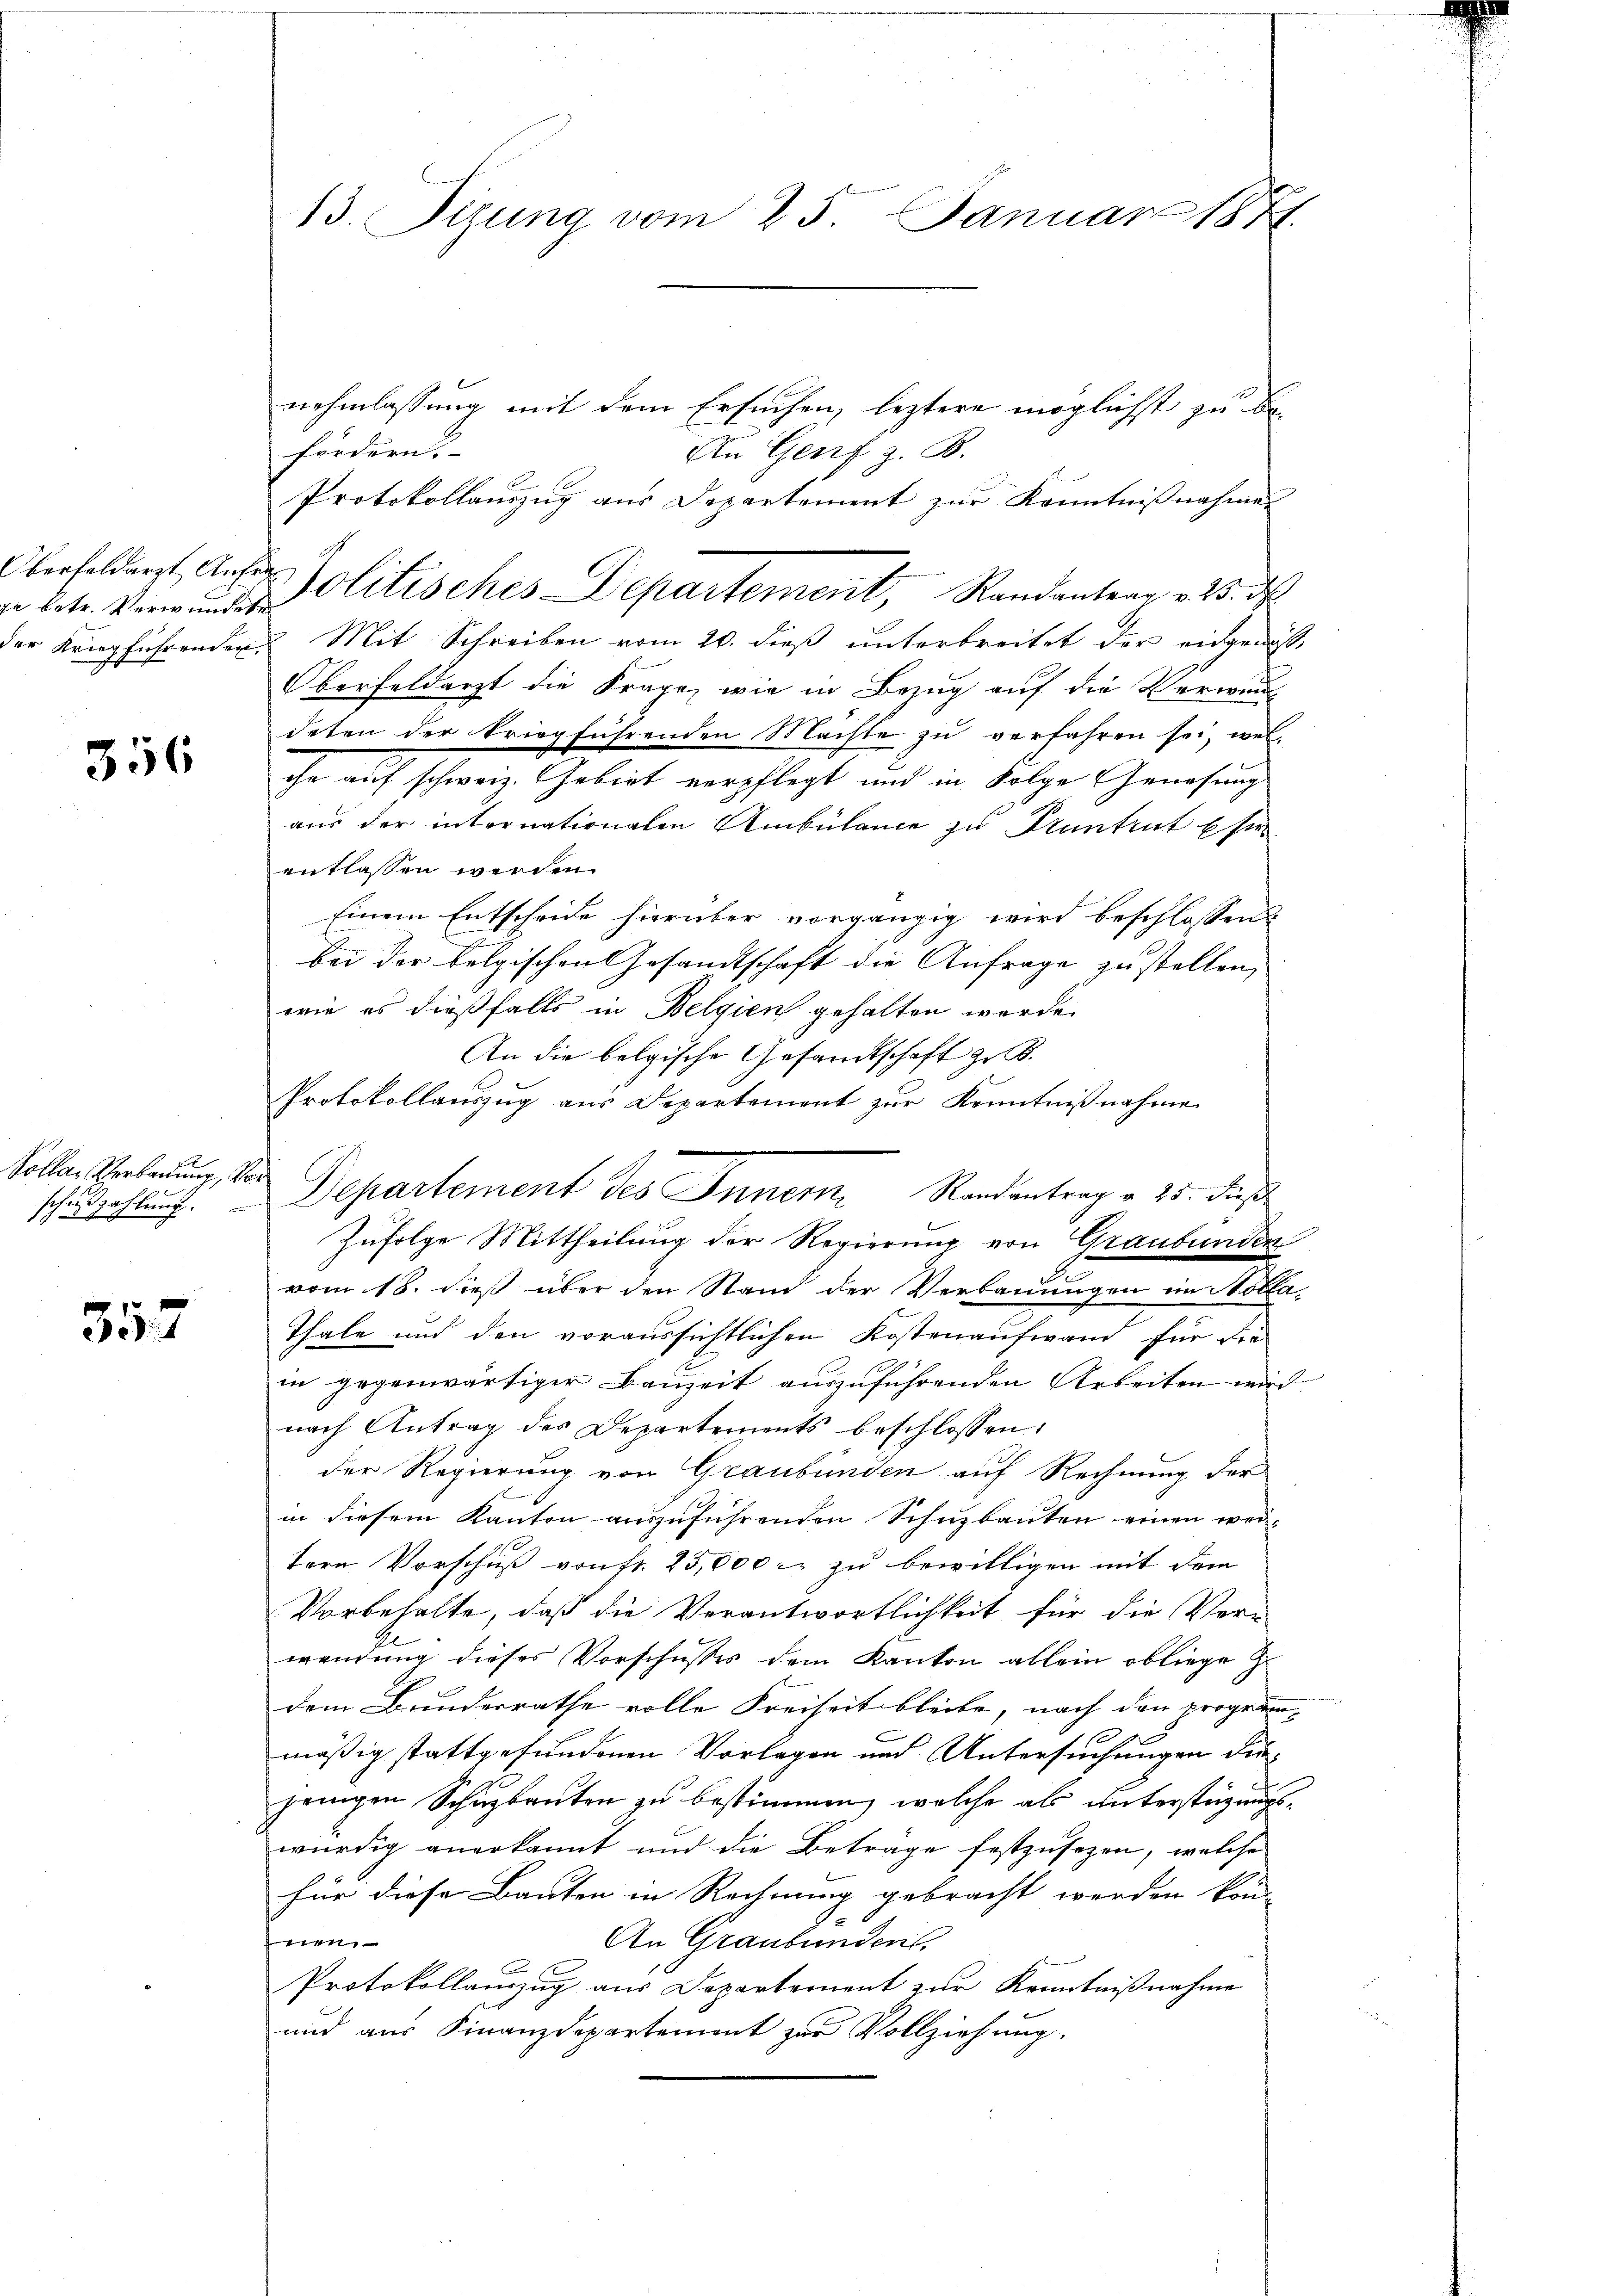
Überfeldarzt Anfer

356

x
Pollar Verbauung, Vor

357

13. Sizung vom 25. Januar 1874.

nehmlassung mit dem Ersuchen, leztere möglichst zu be-
fördern.
An Genf z. B.
Protokollauszug aus Departement zur Kenntnißnahmen
der Kriegführenden Mit Schreiben vom 20. dieß unterbreitet der eingewiß
Oberfeldarzt die Frage, wie in Bezug auf die Verwend
deten der kriegführenden Machte zu verfahren sei, wel-
che auf schweiz. Gebiet verpflegt und in Folge Genesung
aus der internationalen Ambülance zu Pruntrut Este
entlassen werden.
Einem Entscheide hierüber vorgängig wird beschlossen:
bei der belgischen Gesandtschaft die Anfrage zu stellen,
wie es dießfalls in Belgien gehalten werde.
An die belgische Gesandtschaft zu B.
Protokollauszug aus Departement zur Kenntnißnahme
Zufolge Mittheilung der Regierung von Graubünden
vom 18. dieß über den Stand der Verbauungen im Mobla¬
Thale und den voraussichtlichen Kostenaufwand für die
in gegenwärtiger Bauzeit auszuführenden Arbeiten wird
nach Antrag des Departements beschlossen:
der Regierung von Graubünden auf Rechnung der
in diesem Kanton auszuführenden Schuzbauten einen wei-
tere Vorschuß von fr. 25,000 r. zu bewilligen mit dem
Vorbehalte, daß die Verantwortlichkeit für die Ver-
wendung dieses Vorschusses dem Kanton allein obliege Z
dem Bunderrathe volle Freiheit bleibe, nach den programmäßig stattgefundenen Vorlagen und Untersuchungen diejenigen Schuptanten zu bestimmen, welche als unterstüzungswürdig anerkannt und die Beträge festzusezen, welche
für diese Bauten in Rechnung gebracht werden könn
t
An Graubünders.
Protokollauszug aus Departement zur Kenntnißnahme
und aus Finanzdepartement zur Vollziehung.

u betr. Verwundes Politisches Departement, Randantrag v. 3. ds

schzahlung. Departement des Innern Randantrag v. 25. dieß